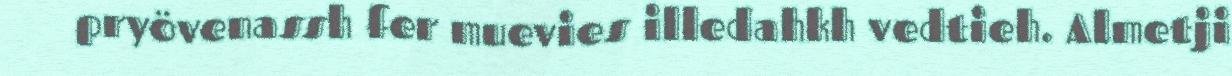
pryövenassh fer muevies illedahkh vedtieh. Almetji